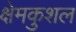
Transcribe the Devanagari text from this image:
क्षेमकुशल